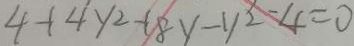
4 + 4 y ^ { 2 } - 1 8 y - y ^ { 2 } - 4 = 0